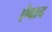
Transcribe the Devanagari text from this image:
ऐबाद